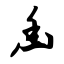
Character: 幽